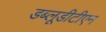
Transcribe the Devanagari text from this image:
डब्लूडीटीएन